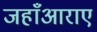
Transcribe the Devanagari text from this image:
जहाँआराए